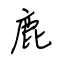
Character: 鹿